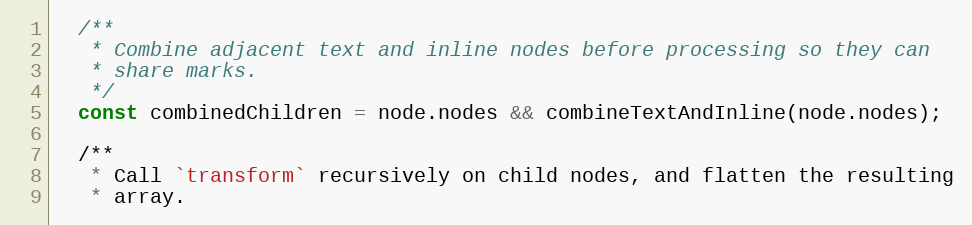
Language: JavaScript
  /**
   * Combine adjacent text and inline nodes before processing so they can
   * share marks.
   */
  const combinedChildren = node.nodes && combineTextAndInline(node.nodes);

  /**
   * Call `transform` recursively on child nodes, and flatten the resulting
   * array.